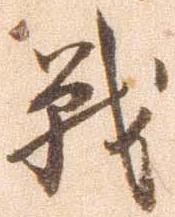
戦